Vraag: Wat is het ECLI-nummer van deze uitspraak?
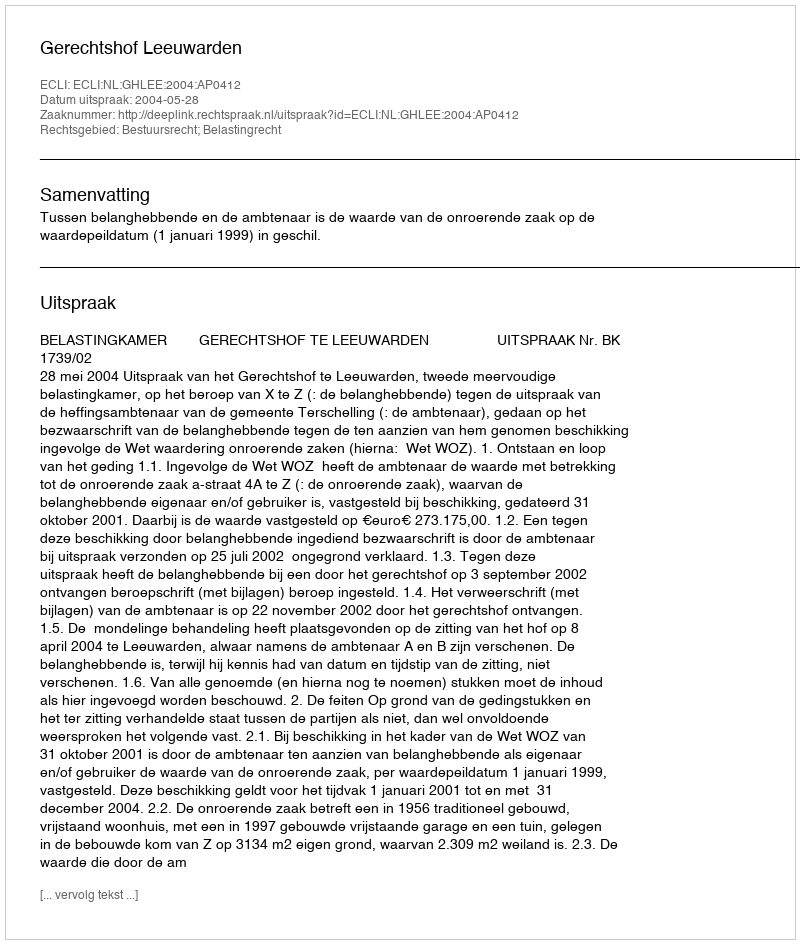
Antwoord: ECLI:NL:GHLEE:2004:AP0412